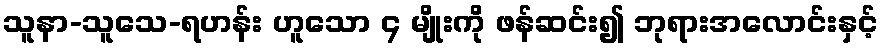
သူနာ-သူသေ-ရဟန်း ဟူသော ၄ မျိုးကို ဖန်ဆင်း၍ ဘုရားအလောင်းနှင့်